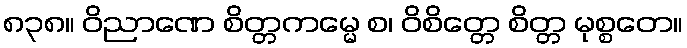
၈၃၈။ ဝိညာဏေ စိတ္တကမ္မေ စ၊ ဝိစိတ္တေ စိတ္တ မုစ္စတေ။